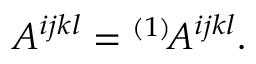
A ^ { i j k l } = { } ^ { ( 1 ) } \! A ^ { i j k l } .